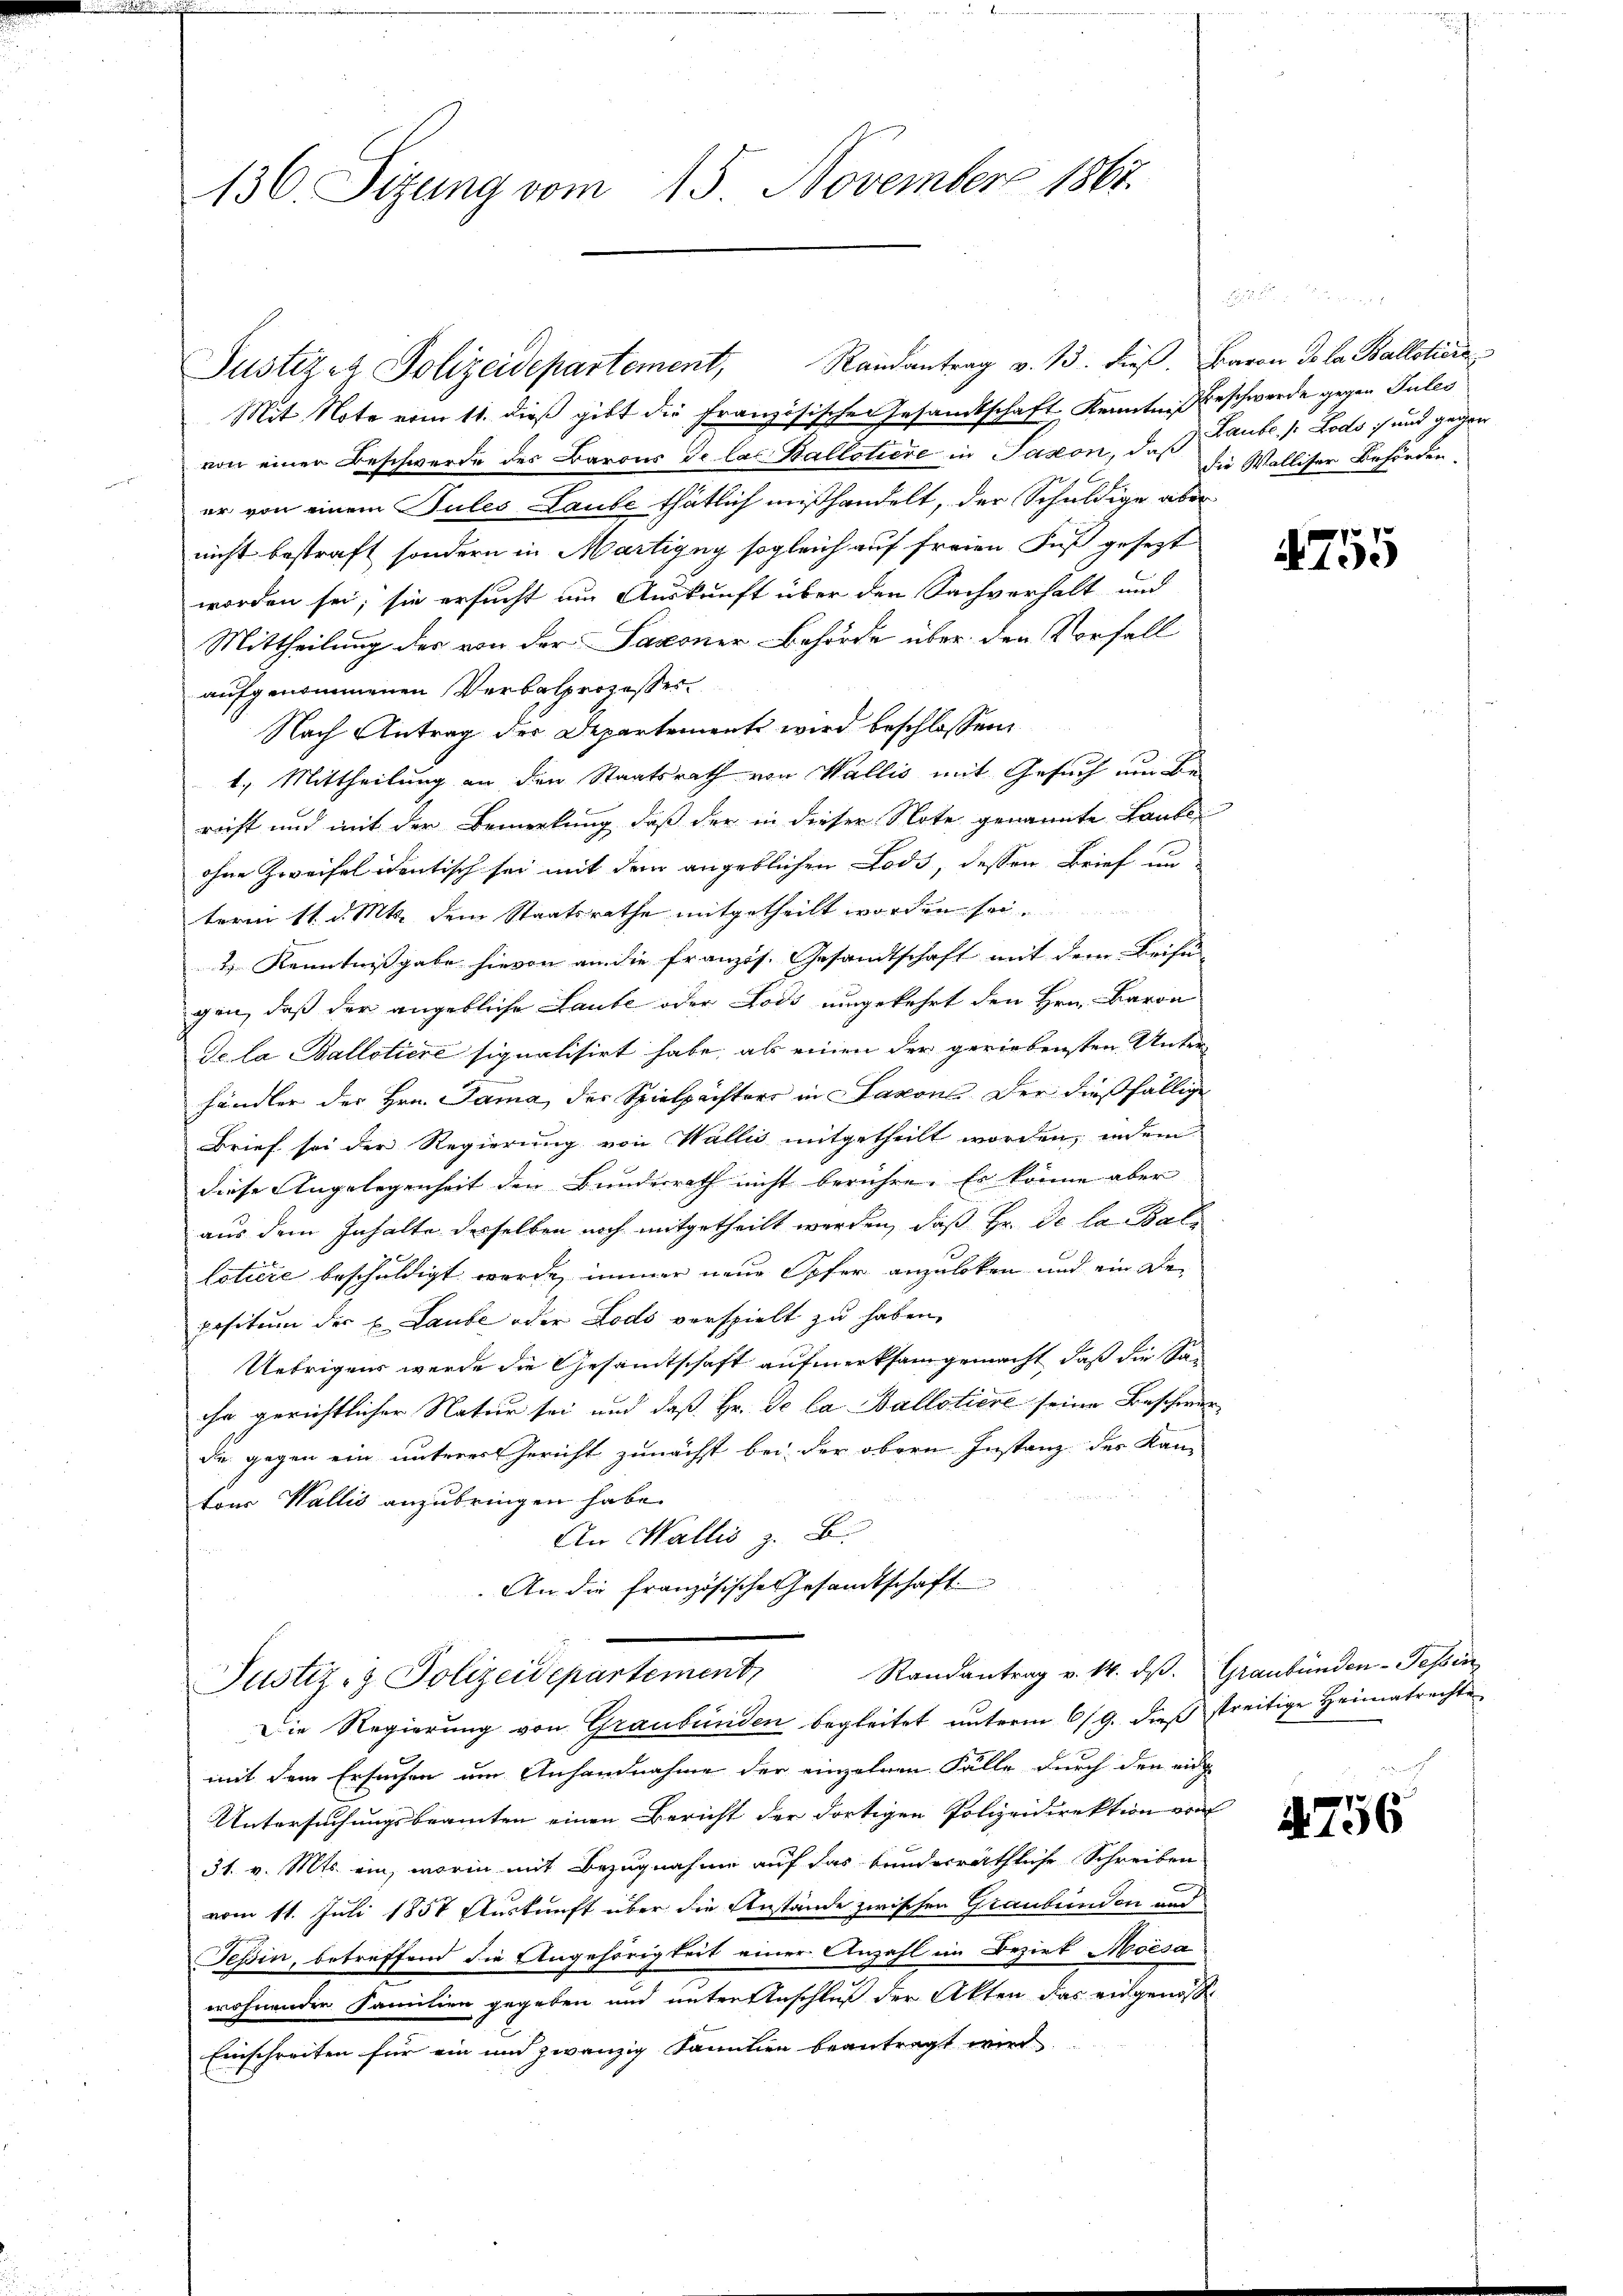
136. Sizung vom 15. November 1867.

Justizen Polizeidepartement,

Mit Note von 11. dieß gibt die Französischen Gesandtschaft Kenntniß beschwerde gegen Pules
von einer Beschwerde des Barons de las Ballotiere in Paston, daß die Walliser Behörder-
er von einem Sules Laube thätlich mißhandelt, der Schuldige aber
nicht bestraft, sondern in Martigny sogleich auf freien Fuß gesezt
worden sei; sie ersucht um Auskunft über den Sachverhalt und
Mittheilung des von der Saxoner-Behörde über den Vorfall
aufgenommenen Verbalprozesser
Nach Antrag des Departement wird beschlossen:
1.) Mittheilung an den Staatsrath von Wallis mit Gesuch um Be-
richt und mit der Bemerkung, daß der in dieser Note genannte Laute
ohne Zweifel identisch sei mit dem angeblichen Lods, dessen Brief un
term 11. d. Mts. dem Staatsrathe mitgetheilt worden sei.
2) Kenntnißgabe hievon an die französ. Gesandtschaft mit dem Beifü-
gen, daß der angebliche Laube oder Lods umgekehrt den Hrn. Baron
Se la Ballotiere signalisirt habe, als einen der geriebensten Unter-
händler der Hrn. Dama, der Spielpächters in Saxons der dießfällige
Brief sei der Regierung von Wallis mitgetheilt worden, indem
diese Angelegenheit den Bundesrath nicht berühre. Es könne aber
aus dem Inhalte derselben noch mitgetheilt werden, daß Hr. De la Ballotiere beschuldigt wurde, immer neue Opfer anzuleken und ein Depositum der u. Laube oder Lodo verspielt zŭ haben,
Uebrigens werde die Gesandtschaft aufmerksam gemacht, daß die Saihn gerichtlicher Natur sei und daß Hr. Se la Ballotiere seine Beschwerde gegen ein unteres Gericht zunächst bei der obern Instanz des Kan-
ton Wallis anzubringen habe.
An Wallis z. B.
An die französische Gesandtschaft.
Randantrag v. 14. dβ. Graubünden-Tessin
Justiz- & Polizeidepartement
Die Regierung von Graubünden begleitet unterm 6/9. dieß streitige Heimatrechte
mit dem Ersuchen um Anhandnahme der einzelnen Fälle durch den eing
Untersuchungsbeamten einen Bericht der dortigen Polizeidirektion von
31. v. Mts. ein, worin mit Bezugnahme auf das bundesräthliche Schreiben
vom 11. Juli 1857 Auskunft über die Anstände zwischen Graubünden und
Tessin, betreffend die Angehörigkeit einer Anzahl im Bezirk Moisa
wohnender Familien gegeben und untertenschluß der Akten das angenosse
Einschreiten für ein und zwanzig Familien beantragt wird

Randantrag v. 13. dieß. Baron de la Balloticis

Laube / Lods :/ und gegen

4755

756